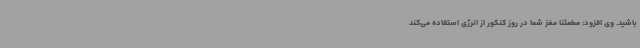
باشید. وی افزود: مطمئنا مغز شما در روز کنکور از انرژی استفاده می‌کند